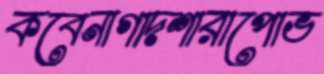
কবেনাগাদশারাপোভ